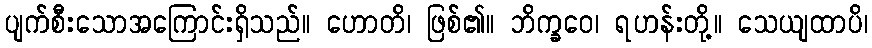
ပျက်စီးသောအကြောင်းရှိသည်။ ဟောတိ၊ ဖြစ်၏။ ဘိက္ခဝေ၊ ရဟန်းတို့။ သေယျထာပိ၊